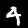
Digit: 4